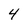
Character: 4